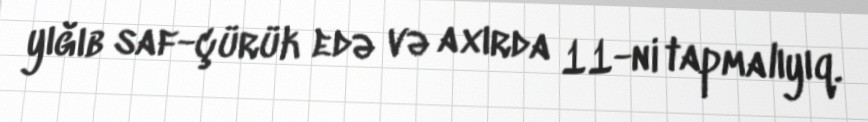
yığıb saf-çürük edə və axırda 11-ni tapmalıyıq.